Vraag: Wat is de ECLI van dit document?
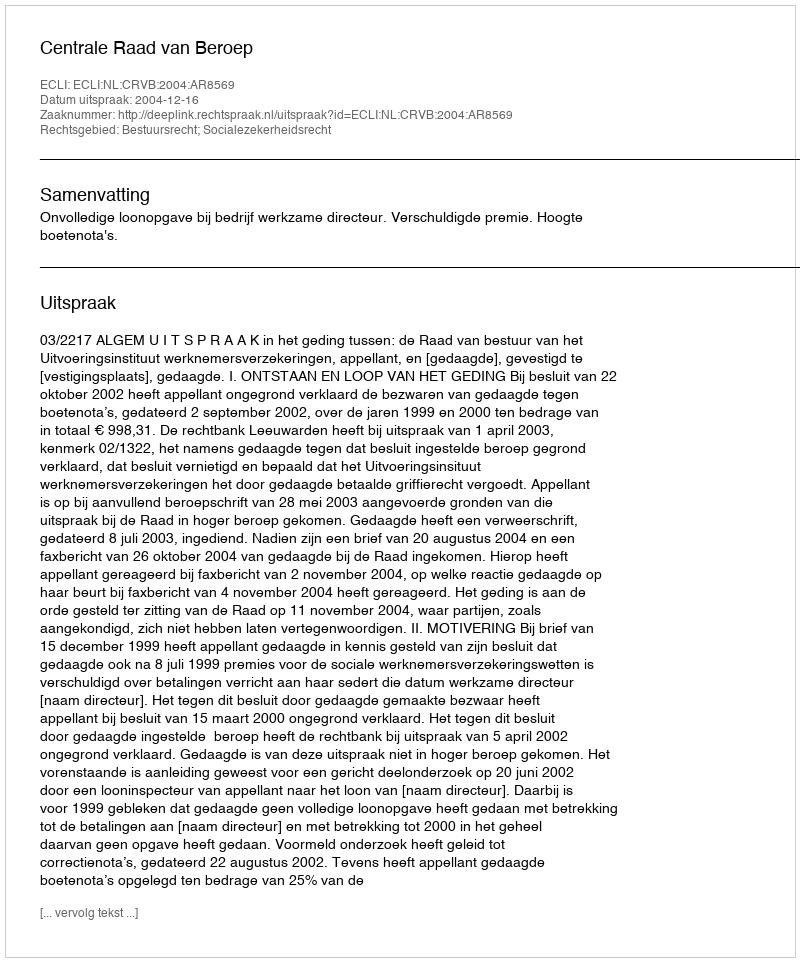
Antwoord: ECLI:NL:CRVB:2004:AR8569